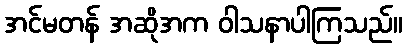
အင်မတန် အဆိုအက ဝါသနာပါကြသည်။